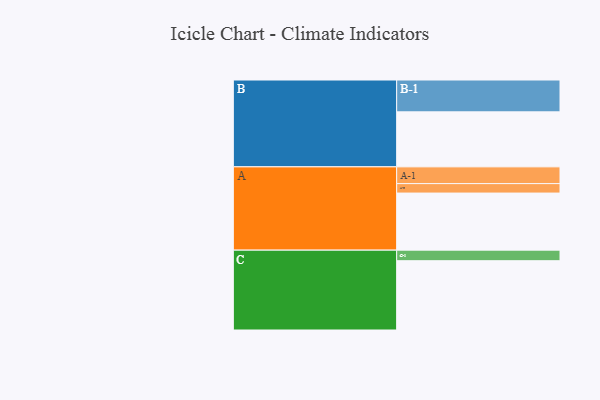
{"axis": {"x": "Segment", "y": "Value"}, "legend": ["", "A", "B", "C"], "data": [{"x": "A", "y": 416, "type": ""}, {"x": "B", "y": 401, "type": ""}, {"x": "C", "y": 505, "type": ""}, {"x": "A-1", "y": 122, "type": "A"}, {"x": "A-2", "y": 69, "type": "A"}, {"x": "B-1", "y": 232, "type": "B"}, {"x": "C-1", "y": 77, "type": "C"}]}